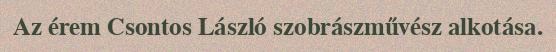
Az érem Csontos László szobrászművész alkotása.